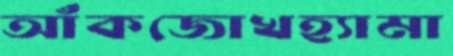
আঁকজোখহ্যামা